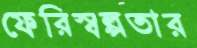
ফেরিস্বল্পতার